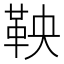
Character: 鞅